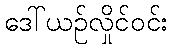
ဒေါ်ယဉ်လှိုင်ဝင်း